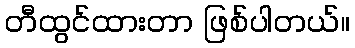
တီထွင်ထားတာ ဖြစ်ပါတယ်။